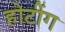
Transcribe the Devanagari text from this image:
होटींग